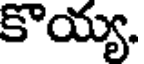
కొయ్య.